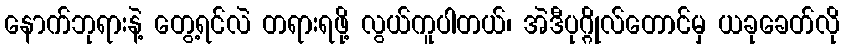
နောက်ဘုရားနဲ့ တွေ့ရင်လဲ တရားရဖို့ လွယ်ကူပါတယ်၊ အဲဒီပုဂ္ဂိုလ်တောင်မှ ယခုခေတ်လို